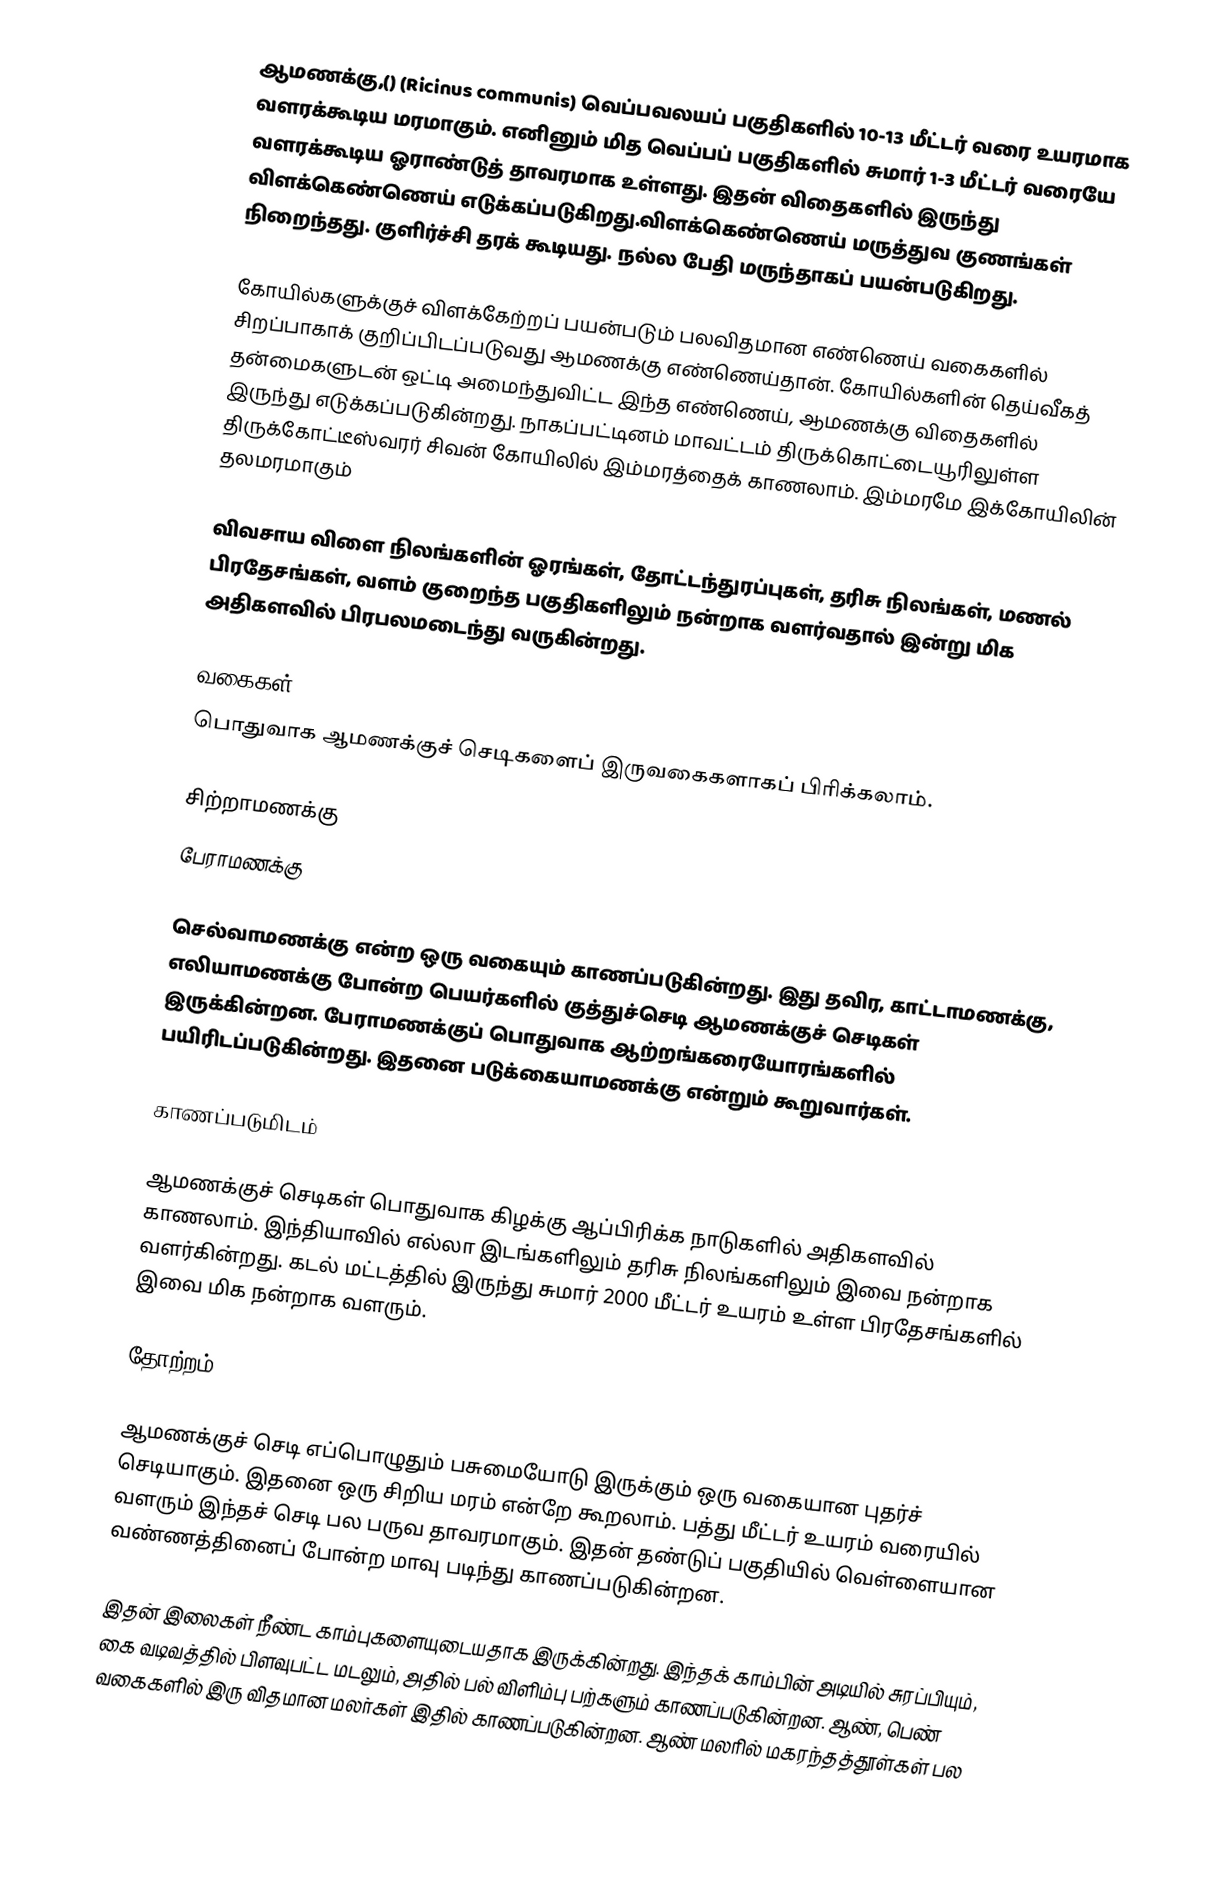
ஆமணக்கு,() (Ricinus communis) வெப்பவலயப் பகுதிகளில் 10-13 மீட்டர் வரை உயரமாக வளரக்கூடிய மரமாகும். எனினும் மித வெப்பப் பகுதிகளில் சுமார் 1-3 மீட்டர் வரையே வளரக்கூடிய ஓராண்டுத் தாவரமாக உள்ளது. இதன் விதைகளில் இருந்து விளக்கெண்ணெய் எடுக்கப்படுகிறது.விளக்கெண்ணெய் மருத்துவ குணங்கள் நிறைந்தது. குளிர்ச்சி தரக் கூடியது. நல்ல பேதி மருந்தாகப் பயன்படுகிறது.

கோயில்களுக்குச் விளக்கேற்றப் பயன்படும் பலவிதமான எண்ணெய் வகைகளில் சிறப்பாகாக் குறிப்பிடப்படுவது ஆமணக்கு எண்ணெய்தான். கோயில்களின் தெய்வீகத் தன்மைகளுடன் ஒட்டி அமைந்துவிட்ட இந்த எண்ணெய், ஆமணக்கு விதைகளில் இருந்து எடுக்கப்படுகின்றது. நாகப்பட்டினம் மாவட்டம் திருக்கொட்டையூரிலுள்ள திருக்கோட்டீஸ்வரர் சிவன் கோயிலில் இம்மரத்தைக் காணலாம். இம்மரமே இக்கோயிலின் தலமரமாகும்

விவசாய விளை நிலங்களின் ஓரங்கள், தோட்டந்துரப்புகள், தரிசு நிலங்கள், மணல் பிரதேசங்கள், வளம் குறைந்த பகுதிகளிலும் நன்றாக வளர்வதால் இன்று மிக அதிகளவில் பிரபலமடைந்து வருகின்றது.

வகைகள்
பொதுவாக ஆமணக்குச் செடிகளைப் இருவகைகளாகப் பிரிக்கலாம்.

சிற்றாமணக்கு
பேராமணக்கு

செல்வாமணக்கு என்ற ஒரு வகையும் காணப்படுகின்றது. இது தவிர, காட்டாமணக்கு, எலியாமணக்கு போன்ற பெயர்களில் குத்துச்செடி ஆமணக்குச் செடிகள் இருக்கின்றன. பேராமணக்குப் பொதுவாக ஆற்றங்கரையோரங்களில் பயிரிடப்படுகின்றது. இதனை படுக்கையாமணக்கு என்றும் கூறுவார்கள்.

காணப்படுமிடம்

ஆமணக்குச் செடிகள் பொதுவாக கிழக்கு ஆப்பிரிக்க நாடுகளில் அதிகளவில் காணலாம். இந்தியாவில் எல்லா இடங்களிலும் தரிசு நிலங்களிலும் இவை நன்றாக வளர்கின்றது. கடல் மட்டத்தில் இருந்து சுமார் 2000 மீட்டர் உயரம் உள்ள பிரதேசங்களில் இவை மிக நன்றாக வளரும்.

தோற்றம்

ஆமணக்குச் செடி எப்பொழுதும் பசுமையோடு இருக்கும் ஒரு வகையான புதர்ச் செடியாகும். இதனை ஒரு சிறிய மரம் என்றே கூறலாம். பத்து மீட்டர் உயரம் வரையில் வளரும் இந்தச் செடி பல பருவ தாவரமாகும். இதன் தண்டுப் பகுதியில் வெள்ளையான வண்ணத்தினைப் போன்ற மாவு படிந்து காணப்படுகின்றன.

இதன் இலைகள் நீண்ட காம்புகளையுடையதாக இருக்கின்றது. இந்தக் காம்பின் அடியில் சுரப்பியும், கை வடிவத்தில் பிளவுபட்ட மடலும், அதில் பல் விளிம்பு பற்களும் காணப்படுகின்றன. ஆண், பெண் வகைகளில் இரு விதமான மலர்கள் இதில் காணப்படுகின்றன. ஆண் மலரில் மகரந்தத்தூள்கள் பல